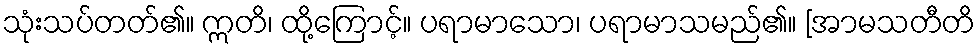
သုံးသပ်တတ်၏။ ဣတိ၊ ထို့ကြောင့်။ ပရာမာသော၊ ပရာမာသမည်၏။ [အာမသတီတိ